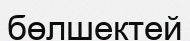
бөлшектей